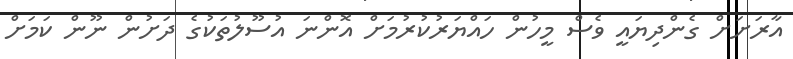
އާރަށަށް ގެންދިޔައީ ވެސް މީހުން ހައްޔަރުކުރުމަށް އޮންނަ އުސޫލުތަކުގެ ދަށުން ނޫން ކަމަށް